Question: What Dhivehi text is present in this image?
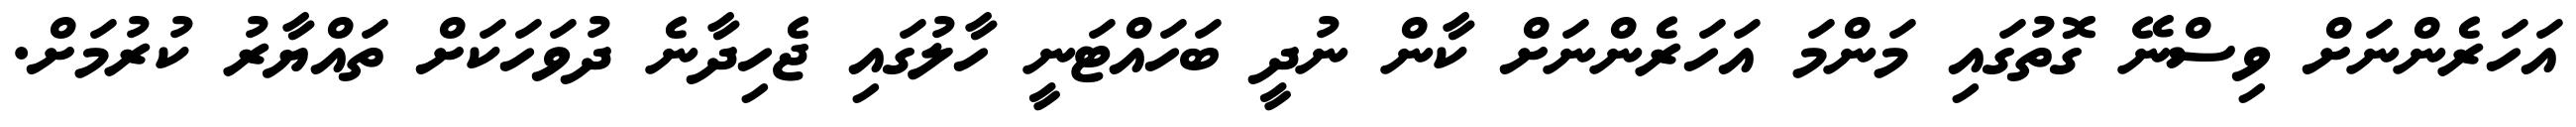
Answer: އަހަރެންނަށް ވިސްނޭ ގޮތުގައި މަންމަ އަހަރެންނަށް ކާން ނުދީ ބަހައްޓަނީ ހާލުގައި ޖެހިދާނެ ދުވަހަކަށް ތައްޔާރު ކުރުމަށް.